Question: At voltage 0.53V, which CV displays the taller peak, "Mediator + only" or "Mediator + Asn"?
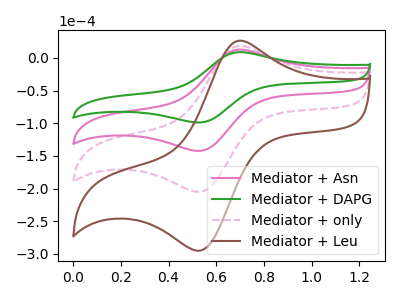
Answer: <think>The pink curve "Mediator + Asn" has an anodic peak at (0.70V, 12.50uA) and a cathodic peak at (0.55V, -142.45uA). The green curve "Mediator + DAPG" has an anodic peak at (0.70V, 8.70uA) and a cathodic peak at (0.55V, -98.95uA). The pink dashed curve "Mediator + only" has an anodic peak at (0.70V, 25.05uA) and a cathodic peak at (0.55V, -284.95uA). The brown curve "Mediator + Leu" has an anodic peak at (0.70V, 37.55uA) and a cathodic peak at (0.55V, -427.40uA).</think>
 <answer>The peak at 0.53V is higher in "Mediator + only" than in "Mediator + Asn".</answer>
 <eval>higher</eval>